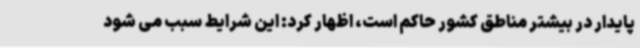
پایدار در بیشتر مناطق کشور حاکم است، اظهار کرد: این شرایط سبب می شود